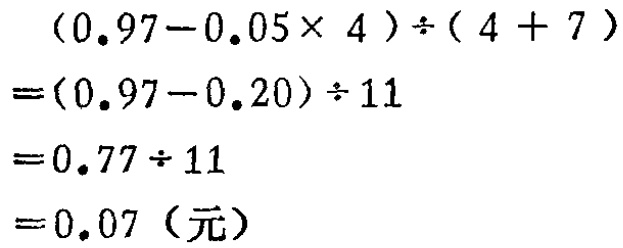
\((0.97 - 0.05\times 4)\div(4 + 7)\)
\(=(0.97 - 0.20)\div 11\)
\(=0.77\div 11\)
\(=0.07 (\text{元})\)